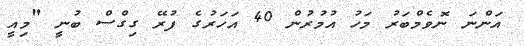
އަންނަ ނޮވެމްބަރު މަހު އުމުރުން 40 އަހަރުގެ ފުރޭ ގިގްސް ބުނީ "މިއީ